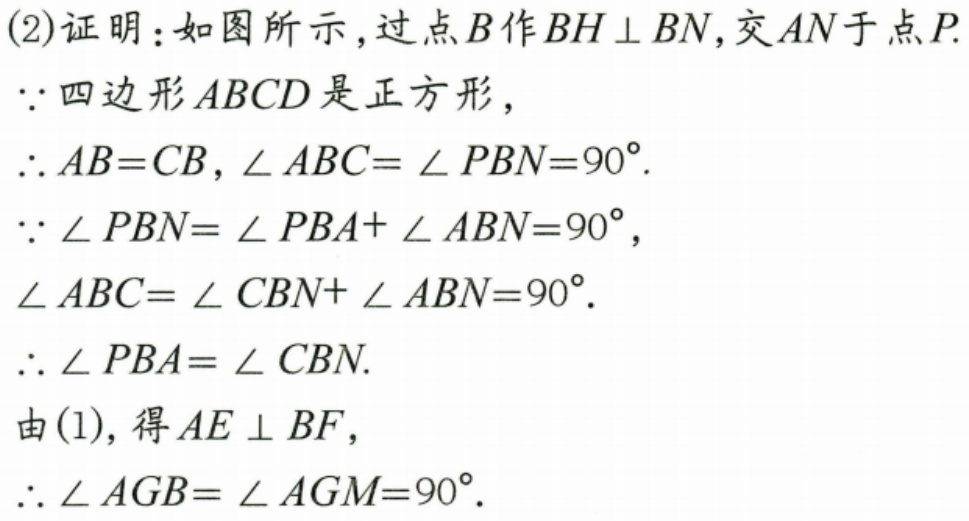
(2)证明：如图所示，过点\(B\)作\(BH\perp BN\)，交\(AN\)于点\(P\).
\(\because\) 四边形\(ABCD\)是正方形，
\(\therefore AB = CB\)，\(\angle ABC=\angle PBN = 90^{\circ}\).
\(\because\angle PBN=\angle PBA+\angle ABN = 90^{\circ}\)，
\(\angle ABC=\angle CBN+\angle ABN = 90^{\circ}\).
\(\therefore\angle PBA=\angle CBN\).
由(1)，得\(AE\perp BF\)，
\(\therefore\angle AGB=\angle AGM = 90^{\circ}\).